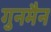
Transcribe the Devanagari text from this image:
गुनमैन